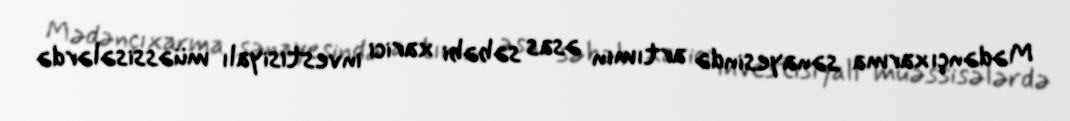
Mədənçıxarma sənayesində artımın əsas səbəbi xarici investisiyalı müəssisələrdə